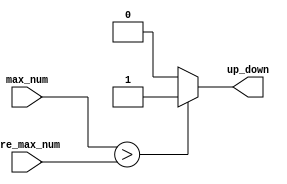

module Compare(up_down,max_num,pre_max_num);
	input [3:0]max_num; 
	input [3:0]pre_max_num;
	output reg up_down; 
	always @(max_num) begin
		if (max_num>pre_max_num) begin up_down=1; end
		else begin up_down=0; end
	end
endmodule